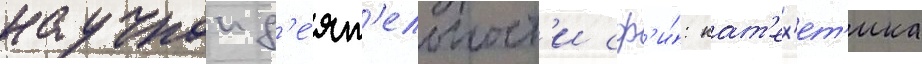
научнои д'е́ят'ельност'и сф'и́: кат'ех'ет'ика